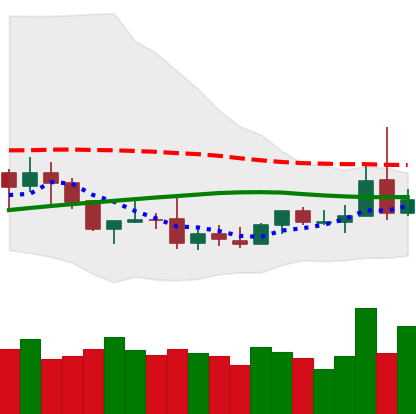
Ticker: DOGE-USD
Chart end date: 2019-08-07
Forward return: -4.192%
Label: down_3_5